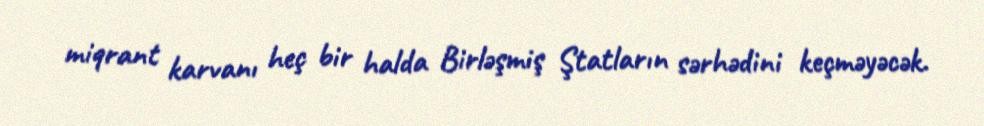
miqrant karvanı heç bir halda Birləşmiş Ştatların sərhədini keçməyəcək.